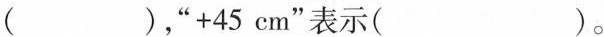
（），“$$+ 4 5 c m$$”表示( )。